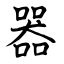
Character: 器